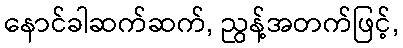
နောင်ခါဆက်ဆက်, ညွန့်အတက်ဖြင့်,